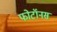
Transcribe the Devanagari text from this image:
फोटॉनस